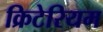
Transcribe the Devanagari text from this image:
क्रिटेरियम